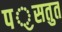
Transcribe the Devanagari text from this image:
पॖसतुत